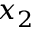
x _ { 2 }